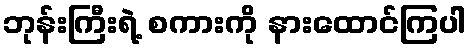
ဘုန်းကြီးရဲ့ စကားကို နားထောင်ကြပါ